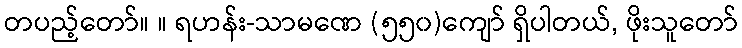
တပည့်တော်။ ။ ရဟန်း-သာမဏေ (၅၅၀)ကျော် ရှိပါတယ်, ဖိုးသူတော်